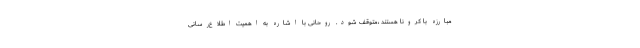
مبارزه با کرونا هستند ،متوقف شود. روحانی با اشاره به اهمیت اطلاع‌رسانی